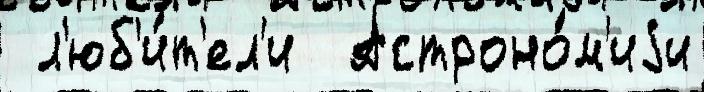
 л'юб'и́т'ел'и  Астроно́м'иjи